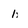
Character: 1